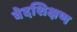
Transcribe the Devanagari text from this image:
वेदशिक्षण